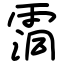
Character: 霘